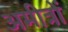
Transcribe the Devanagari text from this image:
अमीत्रों